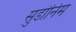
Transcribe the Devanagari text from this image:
सुडोनिम